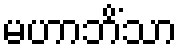
မဟာဘိံသာ